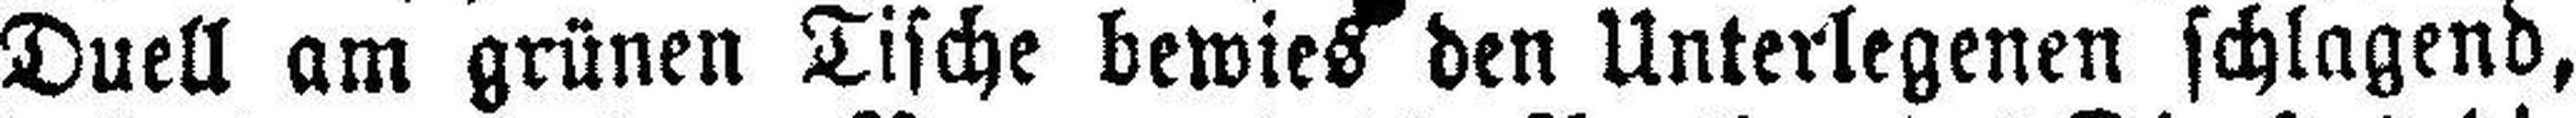
Duell am grünen Tische bewies den Unterlegenen schlagend,